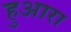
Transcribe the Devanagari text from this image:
हुआरा